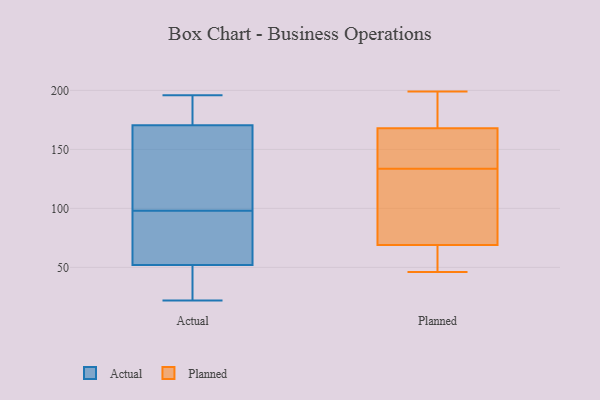
{"axis": {"x": "Latency (ms)", "y": "Value"}, "legend": ["Actual", "Planned"], "data": [{"x": "", "y": 77, "type": "Actual"}, {"x": "", "y": 167, "type": "Actual"}, {"x": "", "y": 63, "type": "Actual"}, {"x": "", "y": 196, "type": "Actual"}, {"x": "", "y": 174, "type": "Actual"}, {"x": "", "y": 144, "type": "Actual"}, {"x": "", "y": 119, "type": "Actual"}, {"x": "", "y": 177, "type": "Actual"}, {"x": "", "y": 22, "type": "Actual"}, {"x": "", "y": 66, "type": "Actual"}, {"x": "", "y": 41, "type": "Actual"}, {"x": "", "y": 36, "type": "Actual"}, {"x": "", "y": 68, "type": "Planned"}, {"x": "", "y": 111, "type": "Planned"}, {"x": "", "y": 153, "type": "Planned"}, {"x": "", "y": 46, "type": "Planned"}, {"x": "", "y": 138, "type": "Planned"}, {"x": "", "y": 52, "type": "Planned"}, {"x": "", "y": 174, "type": "Planned"}, {"x": "", "y": 162, "type": "Planned"}, {"x": "", "y": 70, "type": "Planned"}, {"x": "", "y": 129, "type": "Planned"}, {"x": "", "y": 199, "type": "Planned"}, {"x": "", "y": 194, "type": "Planned"}]}